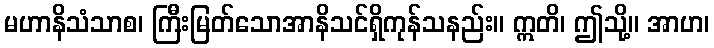
မဟာနိသံသာစ၊ ကြီးမြတ်သောအာနိသင်ရှိကုန်သနည်း။ ဣတိ၊ ဤသို့။ အာဟ၊